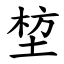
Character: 堏